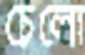
চেলো